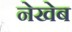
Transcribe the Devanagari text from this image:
नेखेब